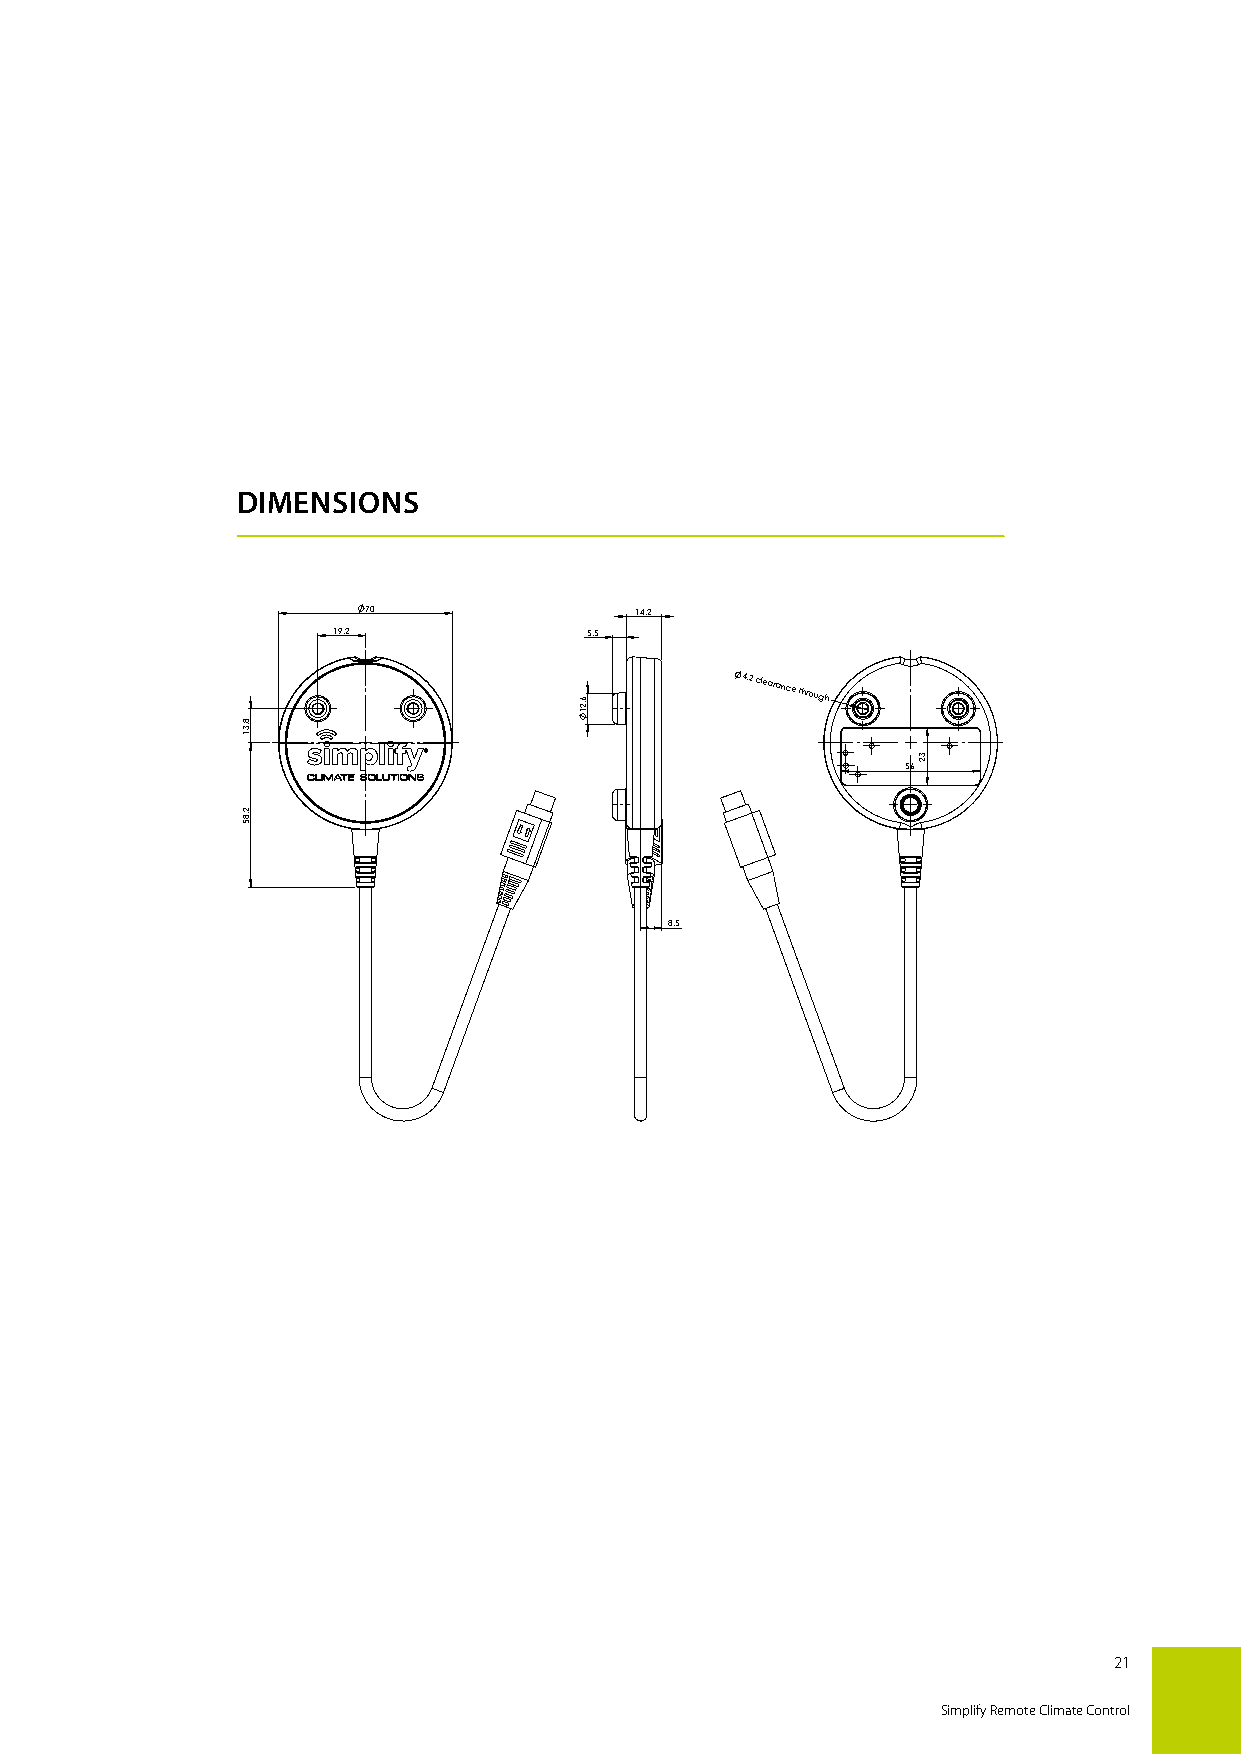
DIMENSIONS
 70                14,2
 19,2             5,5
 4,2 clearance
 through
 56
 8,5
 Material: Technomelt PA6208
 Colour: Black
 LDiSn/eISarO d 2im76e8n-smio. nAsn gwuitlhaor udti mtoelnersaionncse sw aitchcoourtd tinogle rtoan ces
 M
 T: H±
 A
 1
 IT
 C°
 E KR NI EA SL S: :EE RR
 RRpSr OOhoe RRceet !!sm
 ::
 TMse het aa iq
 t
 cl eu kf rilp na iamt es
 l
 setan stte a insd b iass oedn loy nin Dteanndtheedr mas Aai rg Huiadned.ling A/S
 W
 EIGHT:ERROSta Rubr !lfe :a
 W
 cLeZ
 e
 Ta
 ig
 p1 hp4e t2 ga 0ra0n0 D1 Rc,e
 A
 Ec a Va Tct
 .
 Ece og
 B
 :ro Ydriy :n gE EEtRo RRR r RReOfR OOer! RR:eNn !!ec
 ::
 RRwe eeA vvtt DBri ayb tLu et ae Ls1 aNOPART
 t s1 t1
 1 1
 4 1 8
 ApTew rsh lilots i hs dpeo eenD usrctr ti ea yg w w noth sri fn ie tosg tre are ini ig s do i a nff Cu uawr ottn hei mli ol ds r pn h i Sbo aze yat nd C t yb Diw o e Aaan i nt nr h Leb dt hpy t Eeh wr Doe ri :mld la u u Nb nn Ac etd he O/ Se e pdr r r Ts am oint rt a ee TwAn c td /h t OhS eio en d.l ge Sb to yh Cr a Pit An at h tp Leea n Er tt s . Sensor, R FøE leS r, R1 E, S 2 14 , 0 24m 0mm m w m.. DD ININ st ikconnector R D P 1AE A RF T 1. E T: : N 4O 12lb 84h -0 88-22 RE EV.: RRREV.:OE R8 R!:RevCounter
 R
 O
 R
 !:R
 e
 vC
 o
 u
 n
 te
 r
 21
 Simplify Remote Climate Control
 8,31
 2,85
 6,21
 32